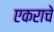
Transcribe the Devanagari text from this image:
एकराचे